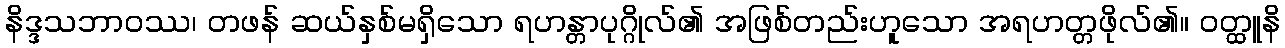
နိဒ္ဒသဘာဝဿ၊ တဖန် ဆယ်နှစ်မရှိသော ရဟန္တာပုဂ္ဂိုလ်၏ အဖြစ်တည်းဟူသော အရဟတ္တဖိုလ်၏။ ဝတ္ထူနိ